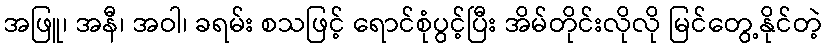
အဖြူ၊ အနီ၊ အဝါ၊ ခရမ်း စသဖြင့် ရောင်စုံပွင့်ပြီး အိမ်တိုင်းလိုလို မြင်တွေ့နိုင်တဲ့